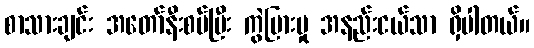
စာသားချင်း အတော်နီးစပ်ပြီး ကွဲပြားမှု အနည်းငယ်သာ ရှိပါတယ်။